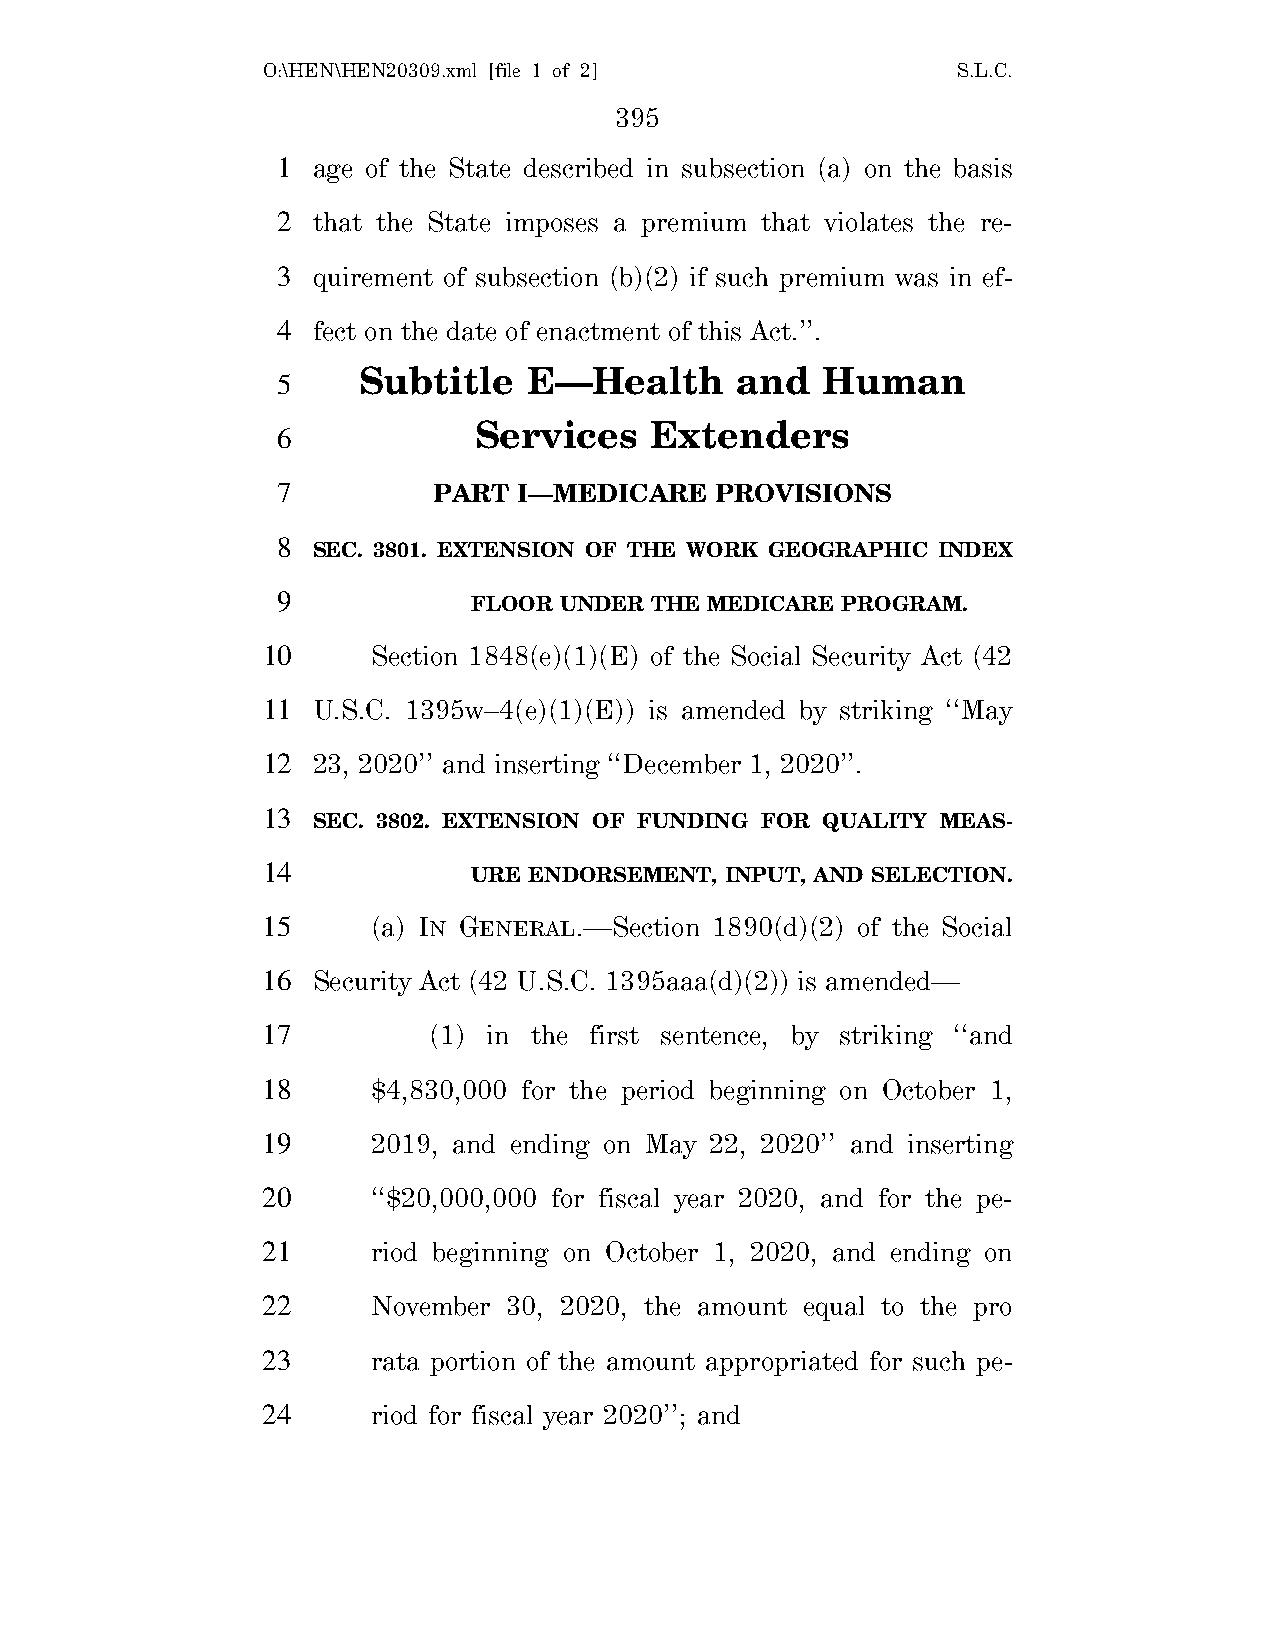
O:\HEN\HEN20309.xml [file 1 of 2]             S.L.C.
 395
 1  age of the State described in subsection (a) on the basis
 2  that the State imposes a premium that violates the re-
 3  quirement of subsection (b)(2) if such premium was in ef-
 4  fect on the date of enactment of this Act.’’.
 Subtitle   E—Health      and  Human
 5
 Services    Extenders
 6
 7          PART I—MEDICARE   PROVISIONS
 8
 SEC. 3801. EXTENSION OF THE WORK GEOGRAPHIC INDEX
 9
 FLOOR UNDER THE MEDICARE PROGRAM.
 10      Section 1848(e)(1)(E) of the Social Security Act (42
 11  U.S.C. 1395w–4(e)(1)(E)) is amended by striking ‘‘May
 12  23, 2020’’ and inserting ‘‘December 1, 2020’’.
 13
 SEC. 3802. EXTENSION OF FUNDING FOR QUALITY MEAS-
 14
 URE ENDORSEMENT, INPUT, AND SELECTION.
 15      (a) IN GENERAL.—Section 1890(d)(2) of the Social
 16  Security Act (42 U.S.C. 1395aaa(d)(2)) is amended—
 17         (1) in the first sentence, by striking ‘‘and
 18      $4,830,000 for the period beginning on October 1,
 19      2019, and ending on May 22, 2020’’ and inserting
 20      ‘‘$20,000,000 for fiscal year 2020, and for the pe-
 21      riod beginning on October 1, 2020, and ending on
 22      November 30, 2020, the amount equal to the pro
 23      rata portion of the amount appropriated for such pe-
 24      riod for fiscal year 2020’’; and